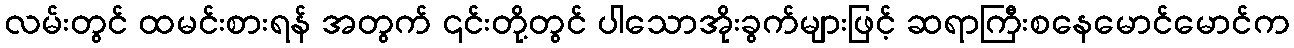
လမ်းတွင် ထမင်းစားရန် အတွက် ၎င်းတို့တွင် ပါသောအိုးခွက်များဖြင့် ဆရာကြီးစနေမောင်မောင်က